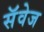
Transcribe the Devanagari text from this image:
सॅवेज